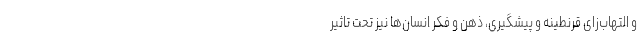
و التهاب‌زای قرنطینه و پیشگیری، ذهن و فکر انسان‌ها نیز تحت تاثیر